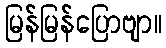
မြန်မြန်ပြောဗျာ။